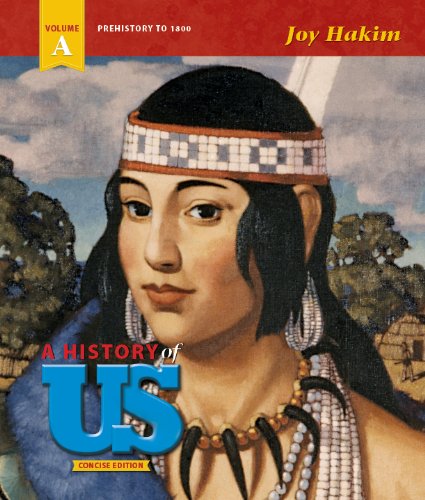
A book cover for A History of US - Concise Edition - Volume A: Prehistory to 1800; Joy Hakim; History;